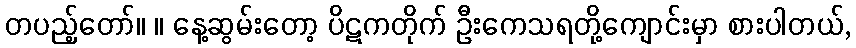
တပည့်တော်။ ။ နေ့ဆွမ်းတော့ ပိဋကတိုက် ဦးကေသရတို့ကျောင်းမှာ စားပါတယ်,